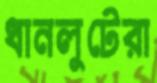
ধানলুটেরা